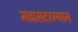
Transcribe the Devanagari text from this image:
मद्रासदरम्यान